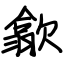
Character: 歙